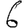
Digit: 6